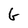
Character: G